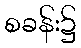
စခန်း၌